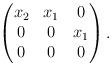
LaTeX: \begin{align*}\begin{pmatrix} x_2 & x_1 & 0\\ 0 & 0 & x_1\\ 0 & 0 & 0\end{pmatrix}.\end{align*}